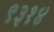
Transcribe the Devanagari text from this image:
९३१४